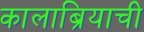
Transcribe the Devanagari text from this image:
कालाब्रियाची